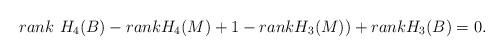
LaTeX: \begin{align*}rank~H_4(B) -rank H_4(M)+1-rank H_3(M))+rank H_3(B)=0.\end{align*}